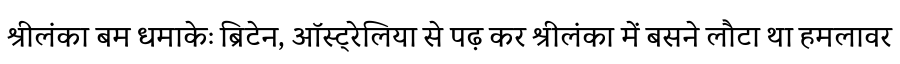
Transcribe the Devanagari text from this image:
श्रीलंका बम धमाकेः ब्रिटेन, ऑस्ट्रेलिया से पढ़ कर श्रीलंका में बसने लौटा था हमलावर